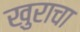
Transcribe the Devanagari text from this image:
खुराचा